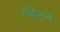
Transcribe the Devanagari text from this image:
व्हेटन